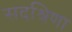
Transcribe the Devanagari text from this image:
सदश्रिणा